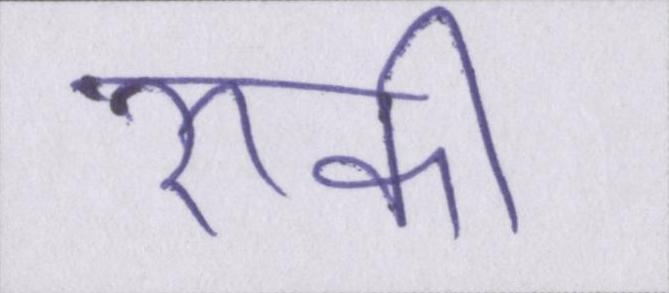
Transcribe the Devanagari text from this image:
रूकी